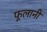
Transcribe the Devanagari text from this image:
फूलानी